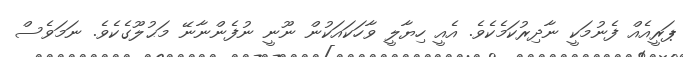
ޕަރީއެއް ފެނުމަކީ ނާދިރުކަމެކެވެ. އެއީ ހިޔާލީ ވާހަކައަކުން ނޫނީ ނުފެންނާނޭ މަޙުލޫގެކެވެ. ނަމަވެސް